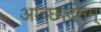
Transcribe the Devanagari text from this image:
आच्छादनम्‌